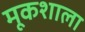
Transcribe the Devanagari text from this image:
मूकशाला